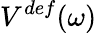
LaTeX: V^{def}(\omega)